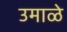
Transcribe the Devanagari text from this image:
उमाळे